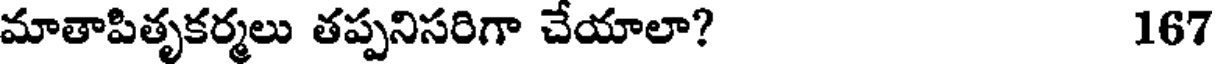
మాతాపితృకర్మలు తప్పనిసరిగా చేయాలా? 167